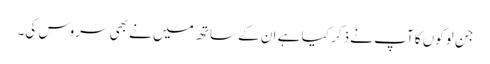
جن لوگوں کا آپ نے ذکر کیا ہے ان کے ساتھ میں نے بھی سروس کی۔